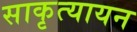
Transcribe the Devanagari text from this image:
साकृत्यायन